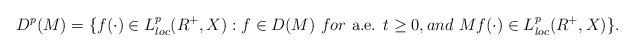
LaTeX: \begin{align*} D^p(M) =\{f(\cdot)\in L^p_{loc}(R^+,X): f\in D(M) \hbox{ }for \hbox{ a.e. }t\geq 0, and \hbox{ } Mf(\cdot)\in L^p_{loc}(R^+,X)\}.\end{align*}